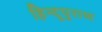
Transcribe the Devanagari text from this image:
हिन्दूपुराण